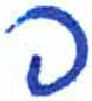
אות: פ